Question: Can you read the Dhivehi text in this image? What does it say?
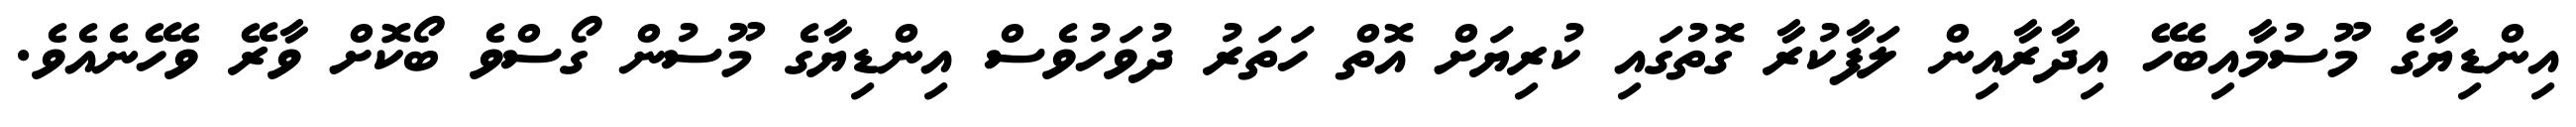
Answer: އިންޑިޔާގެ މޫސުމާއިބެހޭ އިދާރާއިން ލަފާކުރާ ގޮތުގައި ކުރިޔަށް އޮތް ހަތަރު ދުވަހުވެސް އިންޑިޔާގެ މޫސުން ގޯސްވެ ބޯކޮށް ވާރޭ ވެހޭނެއެވެ.